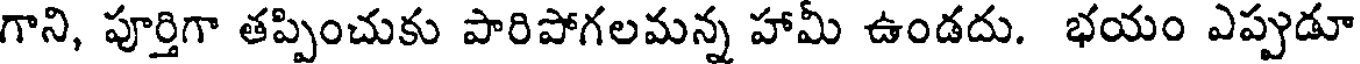
గాని, పూర్తిగా తప్పించుకు పారిపోగలమన్న హామీ ఉండదు. భయం ఎప్పుడూ